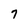
Character: 7